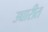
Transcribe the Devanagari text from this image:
उच्चारीत